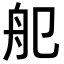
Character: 𦨌